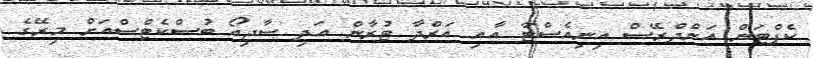
ކެޕްޓަން އަންދްރޭސް އިނިއެސްޓާ އާއި އަރްދާ ޓުރާން އަދި ސާޖިއޯ ބުސްކެޓްސްއަށް މިރޭގެ